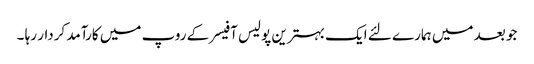
جو بعد میں ہمارے لئے ایک بہترین پولیس آفیسر کے روپ میں کارآمد کردار رہا ۔